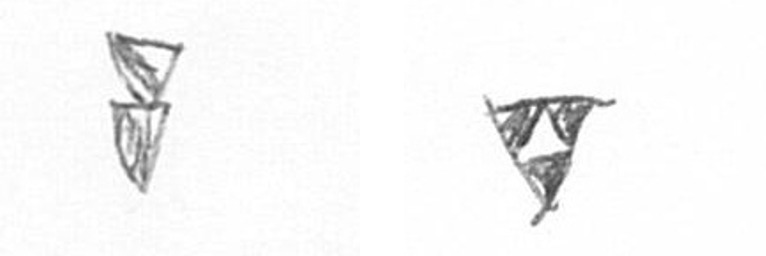
Z S